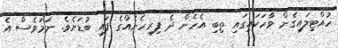
ހުއްޓިލައިގެން ވާހަކައިގައި ތިބި އެހެން ދެ ފިރިހެނެއްގެ ފައި ބުޑަށެވެ. ނަމަވެސް އެ